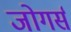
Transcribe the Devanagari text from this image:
जोगर्स